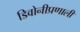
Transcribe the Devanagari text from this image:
डिवोनीप्रणाली